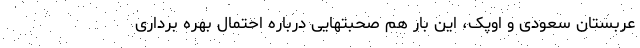
عربستان سعودی و اوپک، این بار هم صحبتهایی درباره احتمال بهره برداری